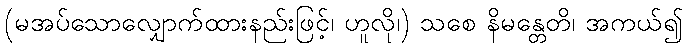
(မအပ်သောလျှောက်ထားနည်းဖြင့်၊ ဟူလို၊) သစေ နိမန္တေတိ၊ အကယ်၍